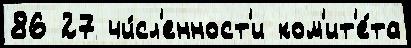
86 27 чи́сл'енност'и ком'ит'е́та